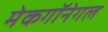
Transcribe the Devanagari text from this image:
मेकगॉनेगल